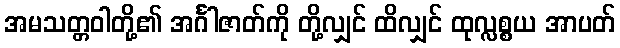
အမသတ္တဝါတို့၏ အင်္ဂါဇာတ်ကို တို့လျှင် ထိလျှင် ထုလ္လစ္စယ အာပတ်